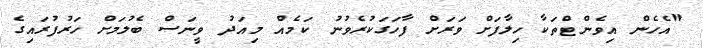
"އެހެން އިވެންޓްތަކާ ހިލާފަށް ވަރަށް ފާހަގަކުރެވުނު ކަމެއް މިއަދު ވީނަސް ބެލުމަށް ހަރުފުރައިގެ